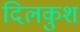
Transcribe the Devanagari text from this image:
दिलकुश